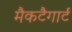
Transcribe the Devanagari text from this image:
मैकटैगार्ट